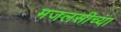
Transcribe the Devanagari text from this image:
मजलसीच्या